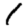
Digit: 1